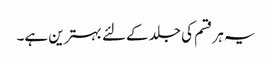
یہ ہر قسم کی جلد کےلئے بہترین ہے۔